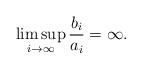
LaTeX: \begin{align*}\limsup_{i\to\infty}\frac{b_i}{a_i}=\infty.\end{align*}